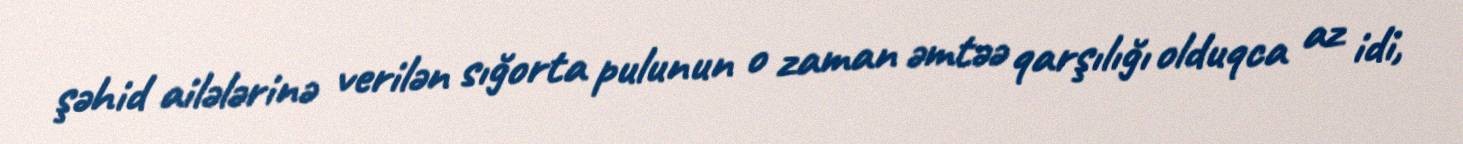
şəhid ailələrinə verilən sığorta pulunun o zaman əmtəə qarşılığı olduqca az idi,